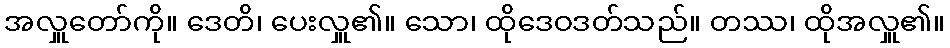
အလှူတော်ကို။ ဒေတိ၊ ပေးလှူ၏။ သော၊ ထိုဒေဝဒတ်သည်။ တဿ၊ ထိုအလှူ၏။